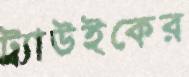
ট্র্যাউইকের